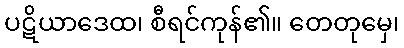
ပဋိယာဒေထ၊ စီရင်ကုန်၏။ တေတုမှေ၊